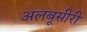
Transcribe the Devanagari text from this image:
अलबूसीरी